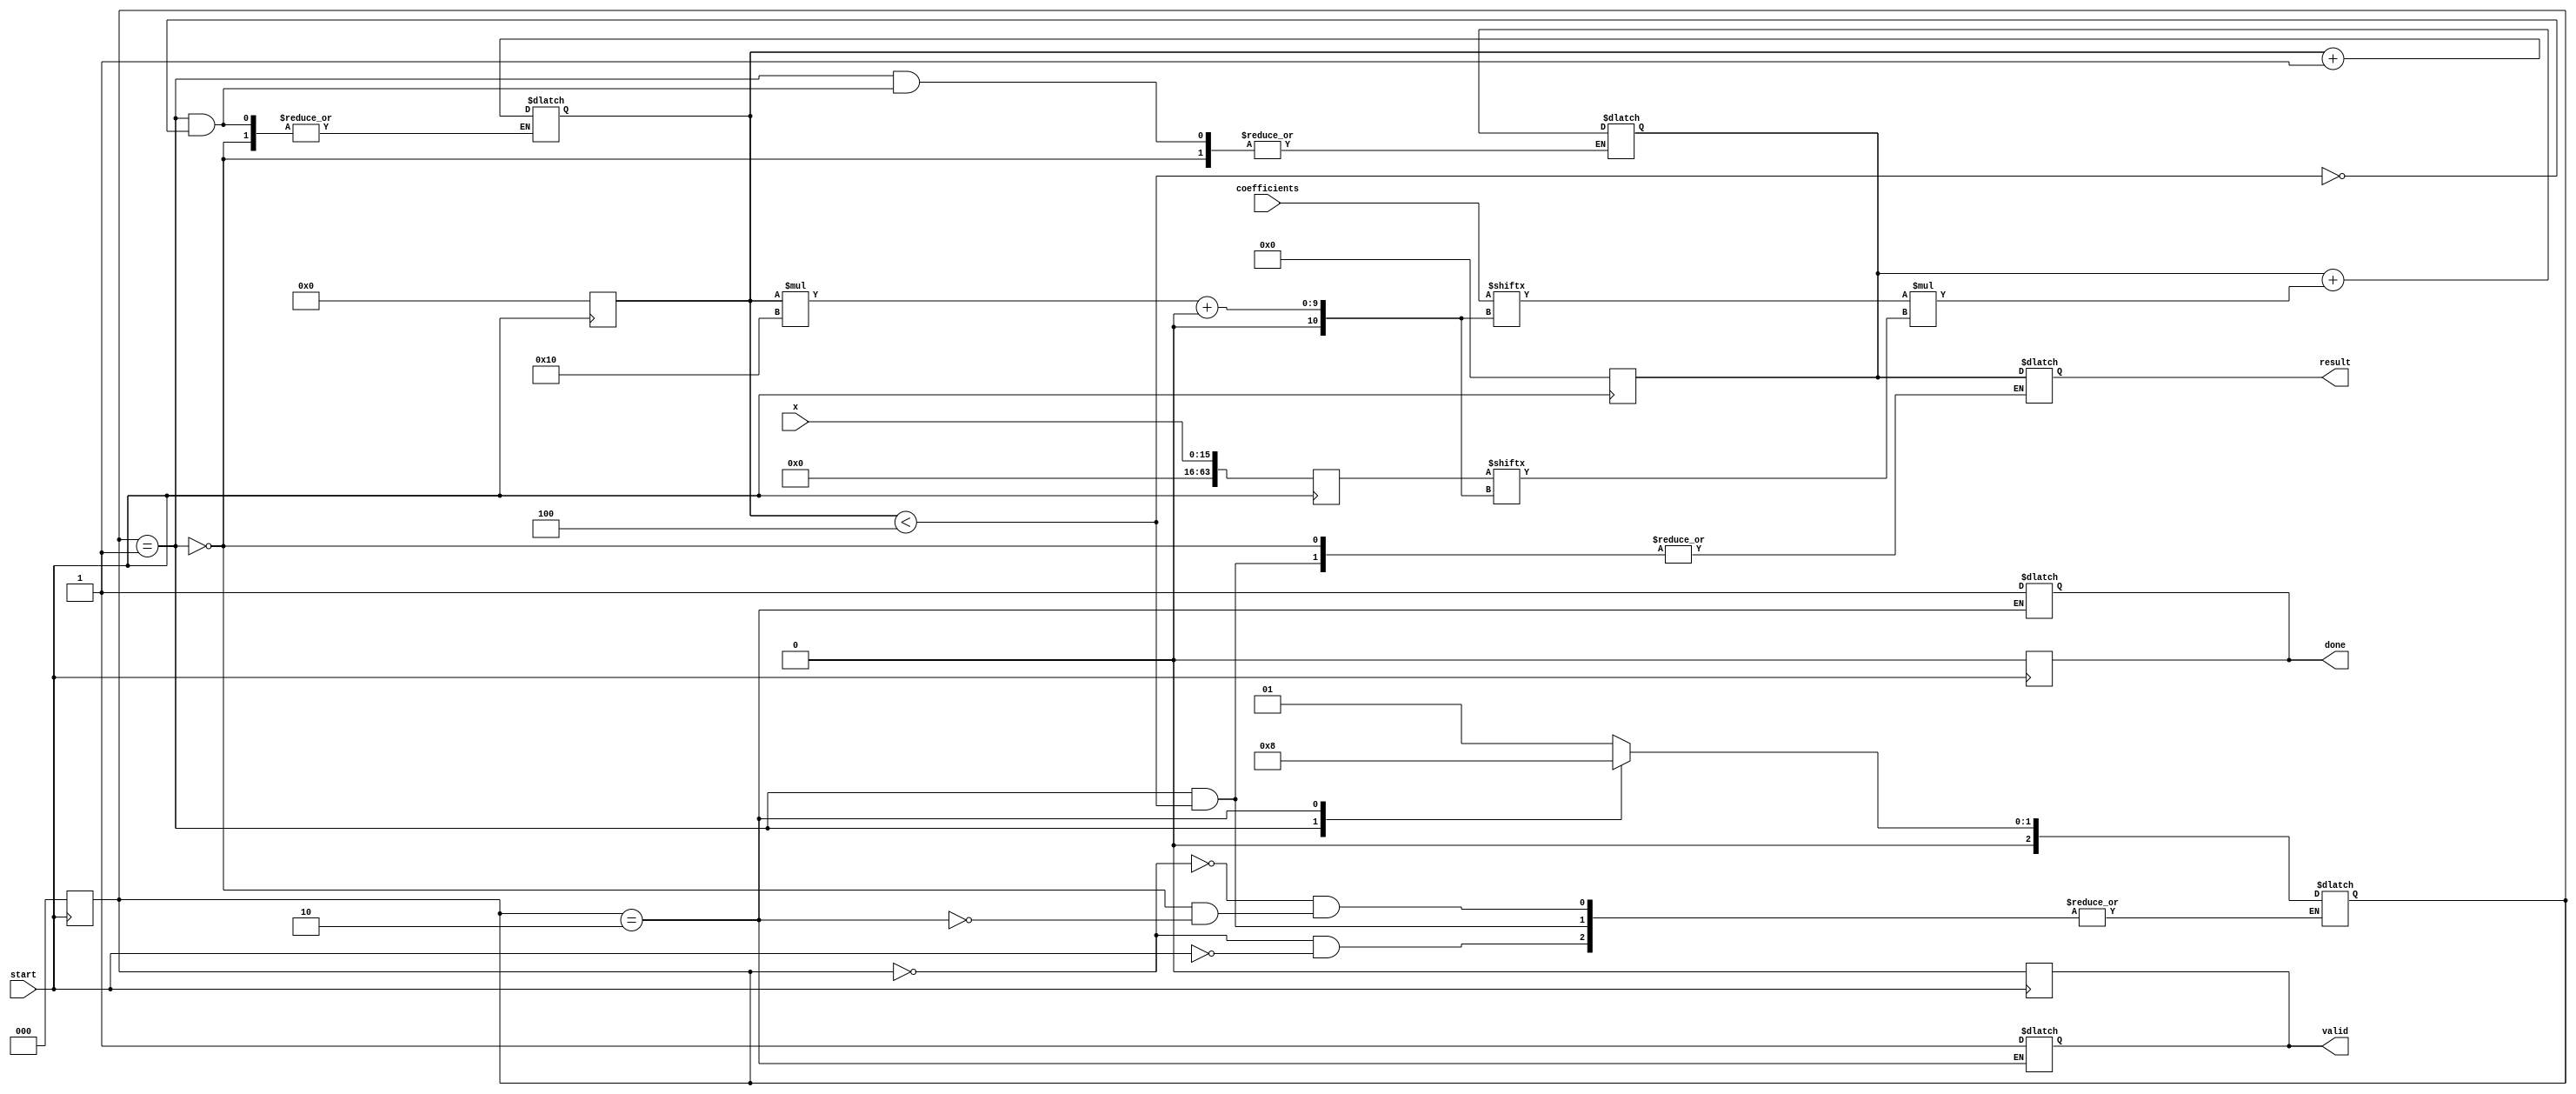
module cordic_polynomial_eval #(
    parameter COEFF_WIDTH = 16, // Bit-width for coefficients
    parameter X_WIDTH = 16,      // Bit-width for x
    parameter RESULT_WIDTH = 32, // Bit-width for result
    parameter N = 4              // Degree of the polynomial
)(
    input wire [X_WIDTH-1:0] x,                        // Input value for polynomial evaluation
    input wire [N*COEFF_WIDTH-1:0] coefficients,      // Coefficients for the polynomial
    input wire start,                                   // Signal to initiate polynomial evaluation
    output reg done,                                   // Signal to indicate completion
    output reg [RESULT_WIDTH-1:0] result,             // Evaluated polynomial value
    output reg valid                                    // Indicates that the output result is valid
);

    reg [RESULT_WIDTH-1:0] temp_result;
    reg [N*X_WIDTH-1:0] x_powers;                      // To hold powers of x
    reg [N-1:0] term_done;                             // Indicate completion of evaluation for each term
    reg [2:0] state;                                   // State for FSM
    reg [3:0] term_idx;                                // Index for polynomial terms

    localparam IDLE = 3'b000,
               COMPUTE = 3'b001,
               DONE = 3'b010;

    // Initialize
    always @(posedge start) begin
        state <= IDLE;
        done <= 0;
        valid <= 0;
        temp_result <= 0;
        term_idx <= 0;
        // Initialize powers of x
        x_powers = {X_WIDTH{1'b0}}; 
        x_powers[0 * X_WIDTH +: X_WIDTH] = x; // x^1 = x
    end

    always @(*) begin
        case (state)
            IDLE: begin
                if (start) begin
                    state <= COMPUTE;
                end
            end
            
            COMPUTE: begin
                if (term_idx < N) begin
                    // Calculate current term a_i * x^i
                    temp_result = temp_result + (coefficients[term_idx*COEFF_WIDTH +: COEFF_WIDTH] * x_powers[term_idx*X_WIDTH +: X_WIDTH]);
                    term_idx <= term_idx + 1;
                end else begin
                    // All terms computed
                    result <= temp_result;
                    state <= DONE;
                end
            end
            
            DONE: begin
                done <= 1;
                valid <= 1;
                state <= IDLE; // Reset to IDLE for next evaluation
            end
        endcase
    end

endmodule